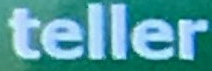
teller